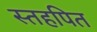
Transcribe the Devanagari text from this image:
स्तहपित